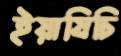
ইয়াযিচি